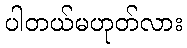
ပါတယ်မဟုတ်လား